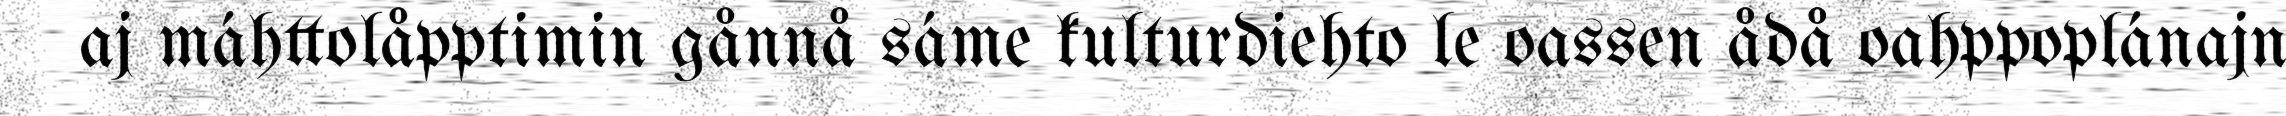
aj máhttolåpptimin gånnå sáme kulturdiehto le oassen ådå oahppoplánajn